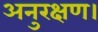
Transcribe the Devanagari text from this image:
अनुरक्षण।